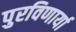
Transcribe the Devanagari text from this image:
पुरविणार्या